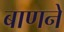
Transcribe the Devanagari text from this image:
बाणने